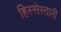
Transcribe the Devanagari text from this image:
हिस्सेस्दारी